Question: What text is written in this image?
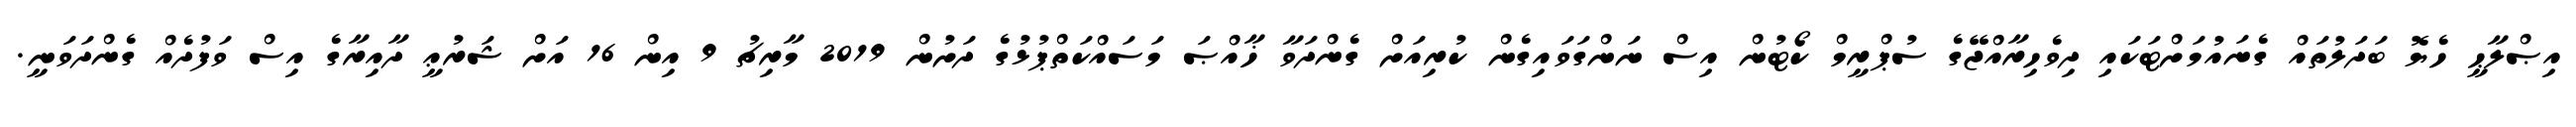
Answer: އިޞްލާޙީ ހެޔޮ ބަދަލުތައް ގެނައުމަށްޓަކައި ދިވެހިރާއްޖޭގެ ސުޕްރީމް ކޯޓުން އިސް ނަންގަވައިގެން ކުރިއަށް ގެންދަވާ ޚާއްޞަ މަސައްކަތްޕުޅުގެ ދަށުން 2019 މާރިޗު 9 އިން 16 އަށް ޝަރުޢީ ދާއިރާގެ އިސް ވަފުދެއް ގެންދަވަނީ.